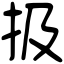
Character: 扱